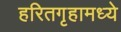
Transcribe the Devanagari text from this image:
हरितगृहामध्ये